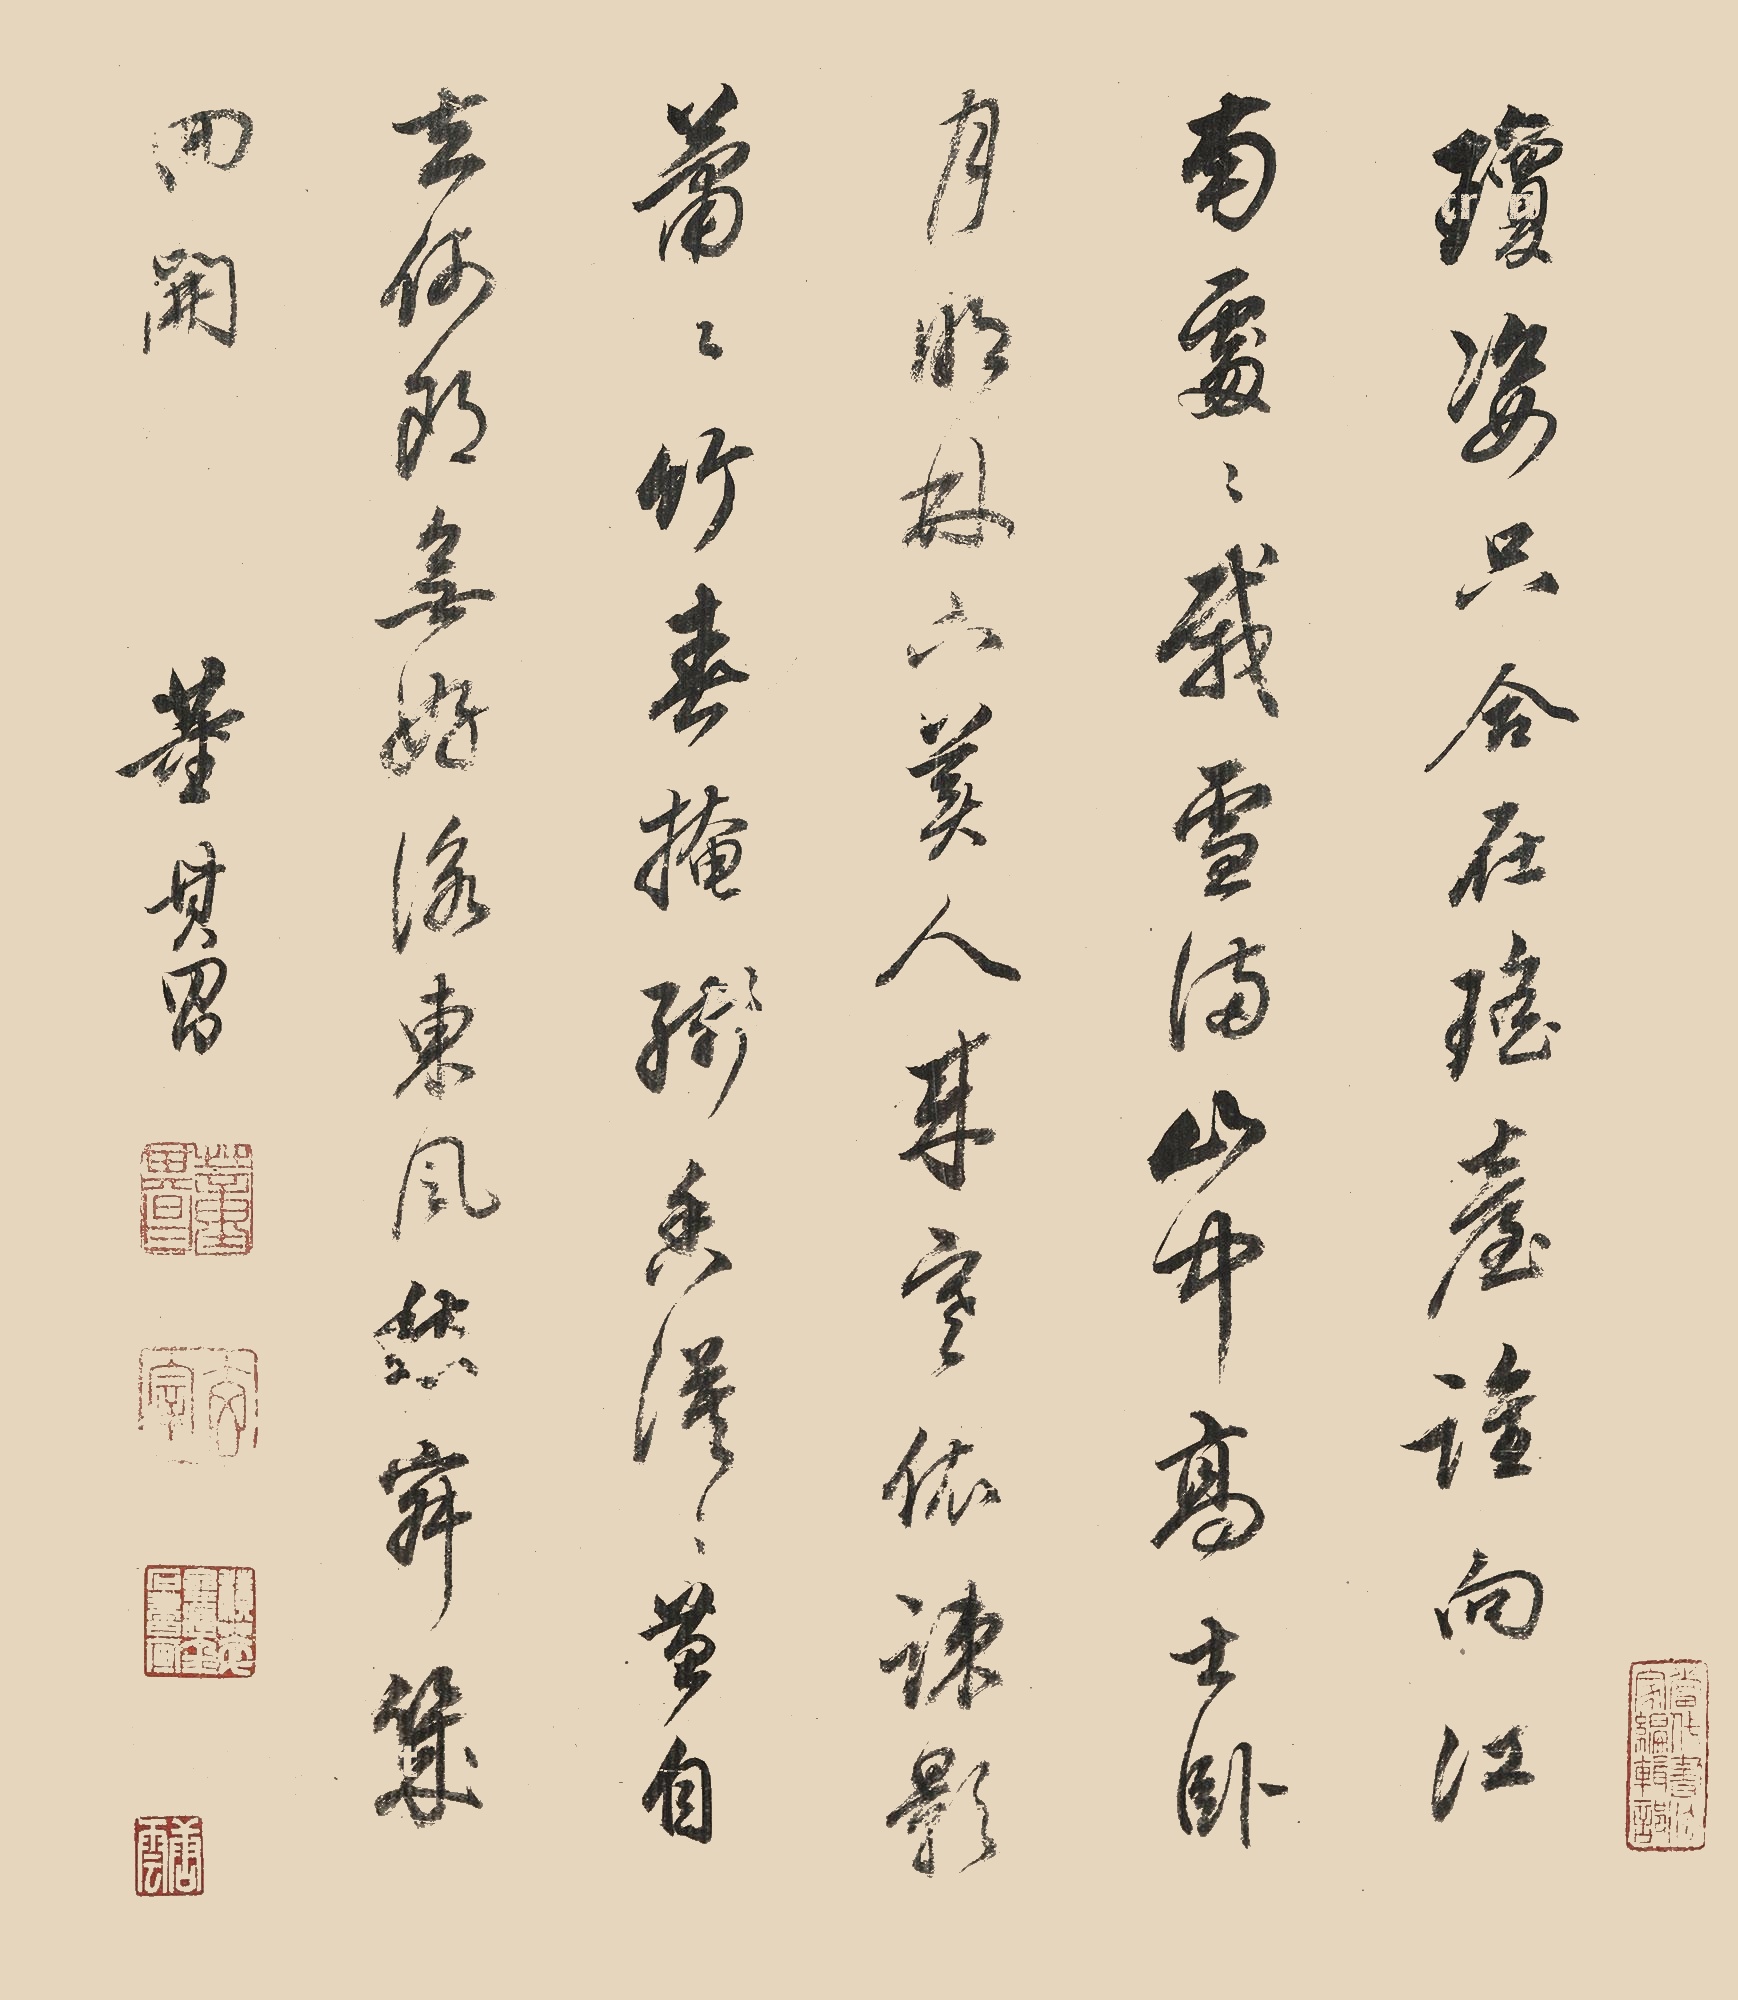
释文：琼姿只合在瑶台，谁向江南处处栽？雪满山中高士卧，月明林下美人来。寒依疏影萧萧竹，春掩残香漠漠苔。自去何郎无好咏，东风愁寂几回开。